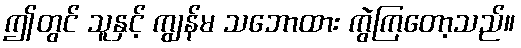
ဤတွင် သူနှင့် ကျွန်မ သဘောထား ကွဲကြတော့သည်။